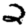
Digit: 2